Regulations for the medical services of the Army of India
Year: 1930
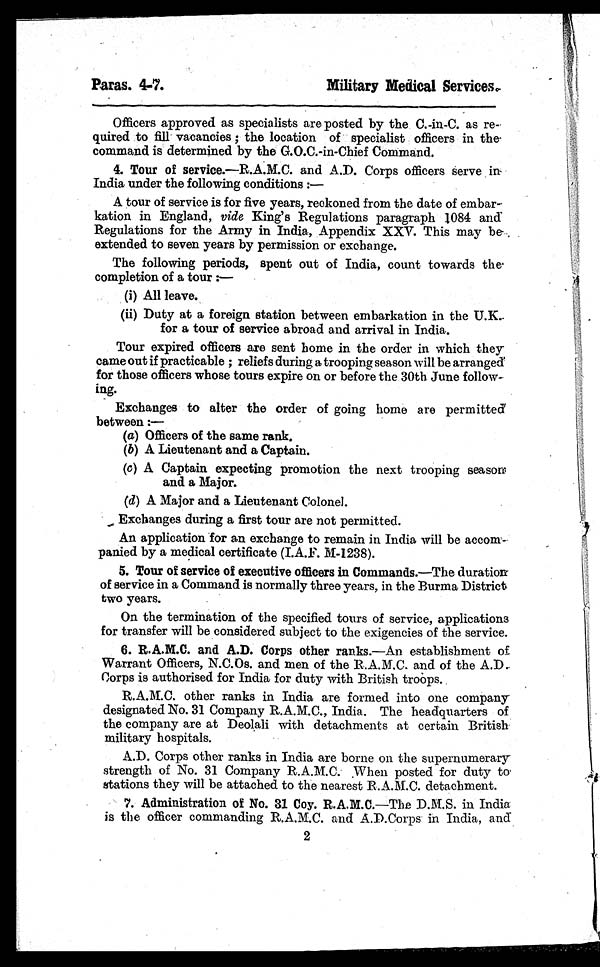
Paras. 4-7.
Military Medical Services.
Officers approved as specialists are posted by the C.-in-C. as re
-qui red t o fi l l vacanci es : t he l ocat i on of speci al i st offi cers i n t he
command is determined by the G.O.C.-in-Chief Command.
4. Tour of service.—
R.A.M.C. and A.D. Corps officers serve in
India under the following conditions :—
A tour of service is for five years, reckoned from the date of embar--
kation in England, vide King's Regulations paragraph 1084 and
Regulations for the Army in India, Appendix XXV. This may be ,
extended to seven years by permission or exchange.
The following periods, spent out of India, count towards the
completion of a tour :
—
(1) All leave.
(ii) Duty at a foreign station between embarkation in the U.K.
for a tour of service abroad and arrival in India.
Tour expired officers are sent home in the order in which they
came out if practicable ; reliefs during a trooping season will be arranged
for those officers whose tours expire on or before the 30th June follow
-ing.
Exchanges to alter the order of going home are permitted
between :—
(a) Officers of the same rank.
(b)A Lieutenant and a Captain.
(c)A Captain expecting promotion the next trooping season
and a Major.
(d)A Major and a Lieutenant Colonel.
Exchanges during a first tour are not permitted.
An application for an exchange to remain in India will be accom
panied by a medical certificate (I.A.F. M-1238).
5. Tour of service of executive officers in Commands. —The duration
of service in a Command is normally three years, in the Burma District
two years.
On the termination of the specified tours of service, applications
for transfer will be considered subject to the exigencies of the service.
6. R.A.M.C. and A.D. Corps other ranks.—An establishment of
Warrant Officers, N.C.Os. and men of the R.A.M.C. and of the A.D.
Corps is authorised for India for duty with British troops.
R.A.M.C. other ranks in India are formed into one company
designated No. 31 Company R.A.M.C., India. The headquarters of
the company are at Deolali with detachments at certain British
military hospitals.
A.D. Corps other ranks in India are borne on the supernumerary
strength of No. 31 Company R.A.M.C. When posted for duty to
stations they will be attached to the nearest R.A.M.C. detachment.
7. Administration of No. 31 Coy. R.A.M.C.—The D.M.S. in India
is the officer commanding R.A.M.C. and A.D.Corps in India, and
2